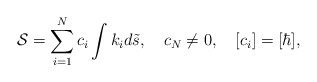
\begin{align*}{\cal S}=\sum_{i=1}^{N}c_i\int{k}_id{\tilde s},\quad c_N\neq 0, \quad [c_i]=[\hbar],\end{align*}